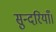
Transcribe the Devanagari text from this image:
सुन्दरियाँ।